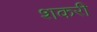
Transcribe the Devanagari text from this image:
शकरी